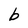
Character: b